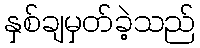
နှစ်ချမှတ်ခဲ့သည်